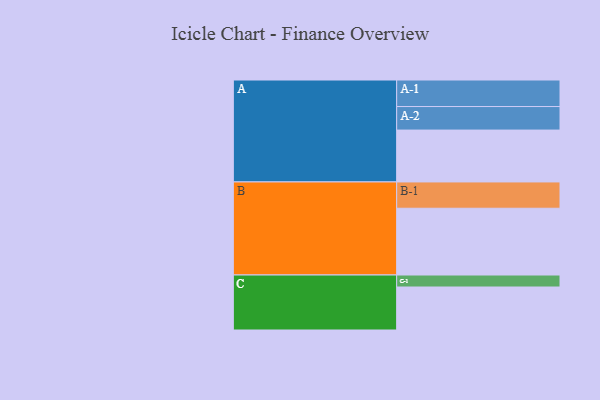
{"axis": {"x": "Segment", "y": "Value"}, "legend": ["", "A", "B", "C"], "data": [{"x": "A", "y": 432, "type": ""}, {"x": "B", "y": 556, "type": ""}, {"x": "C", "y": 358, "type": ""}, {"x": "A-1", "y": 221, "type": "A"}, {"x": "A-2", "y": 196, "type": "A"}, {"x": "B-1", "y": 219, "type": "B"}, {"x": "C-1", "y": 100, "type": "C"}]}